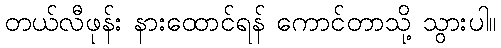
တယ်လီဖုန်း နားထောင်ရန် ကောင်တာသို့ သွားပါ။